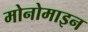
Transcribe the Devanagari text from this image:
मोनोमाइन